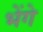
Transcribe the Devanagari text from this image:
भेंगे